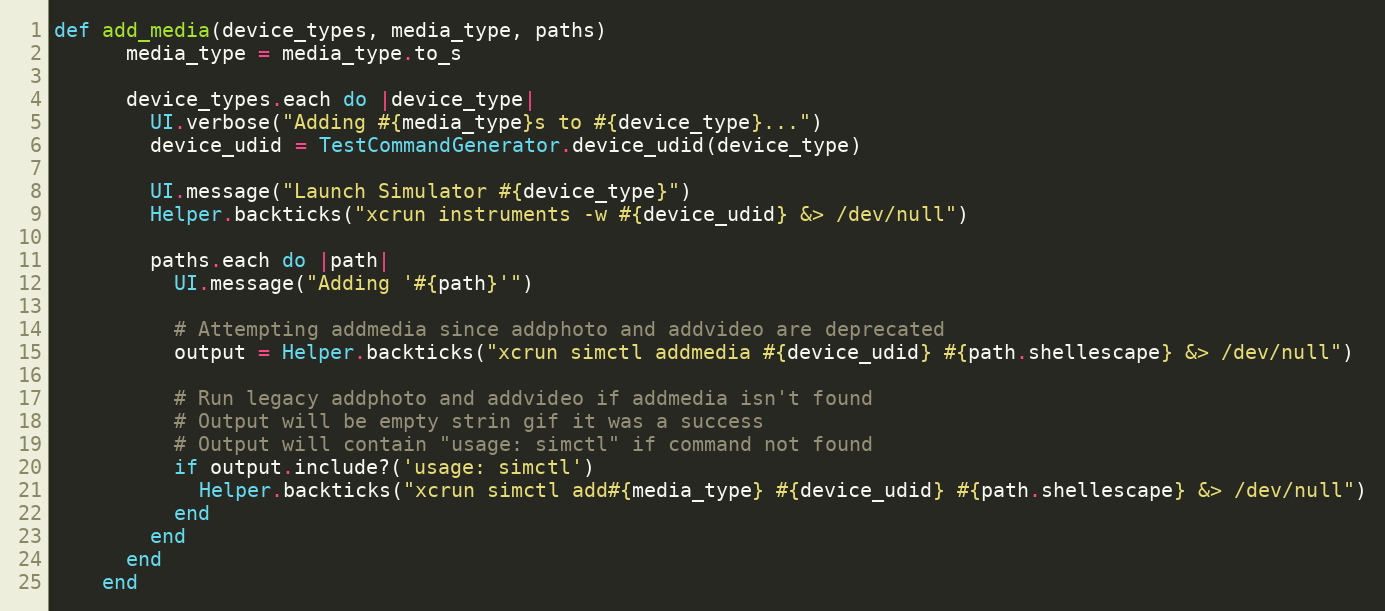
Language: Ruby
def add_media(device_types, media_type, paths)
      media_type = media_type.to_s

      device_types.each do |device_type|
        UI.verbose("Adding #{media_type}s to #{device_type}...")
        device_udid = TestCommandGenerator.device_udid(device_type)

        UI.message("Launch Simulator #{device_type}")
        Helper.backticks("xcrun instruments -w #{device_udid} &> /dev/null")

        paths.each do |path|
          UI.message("Adding '#{path}'")

          # Attempting addmedia since addphoto and addvideo are deprecated
          output = Helper.backticks("xcrun simctl addmedia #{device_udid} #{path.shellescape} &> /dev/null")

          # Run legacy addphoto and addvideo if addmedia isn't found
          # Output will be empty strin gif it was a success
          # Output will contain "usage: simctl" if command not found
          if output.include?('usage: simctl')
            Helper.backticks("xcrun simctl add#{media_type} #{device_udid} #{path.shellescape} &> /dev/null")
          end
        end
      end
    end